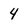
Character: 4